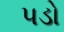
પડો